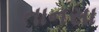
તાનસા